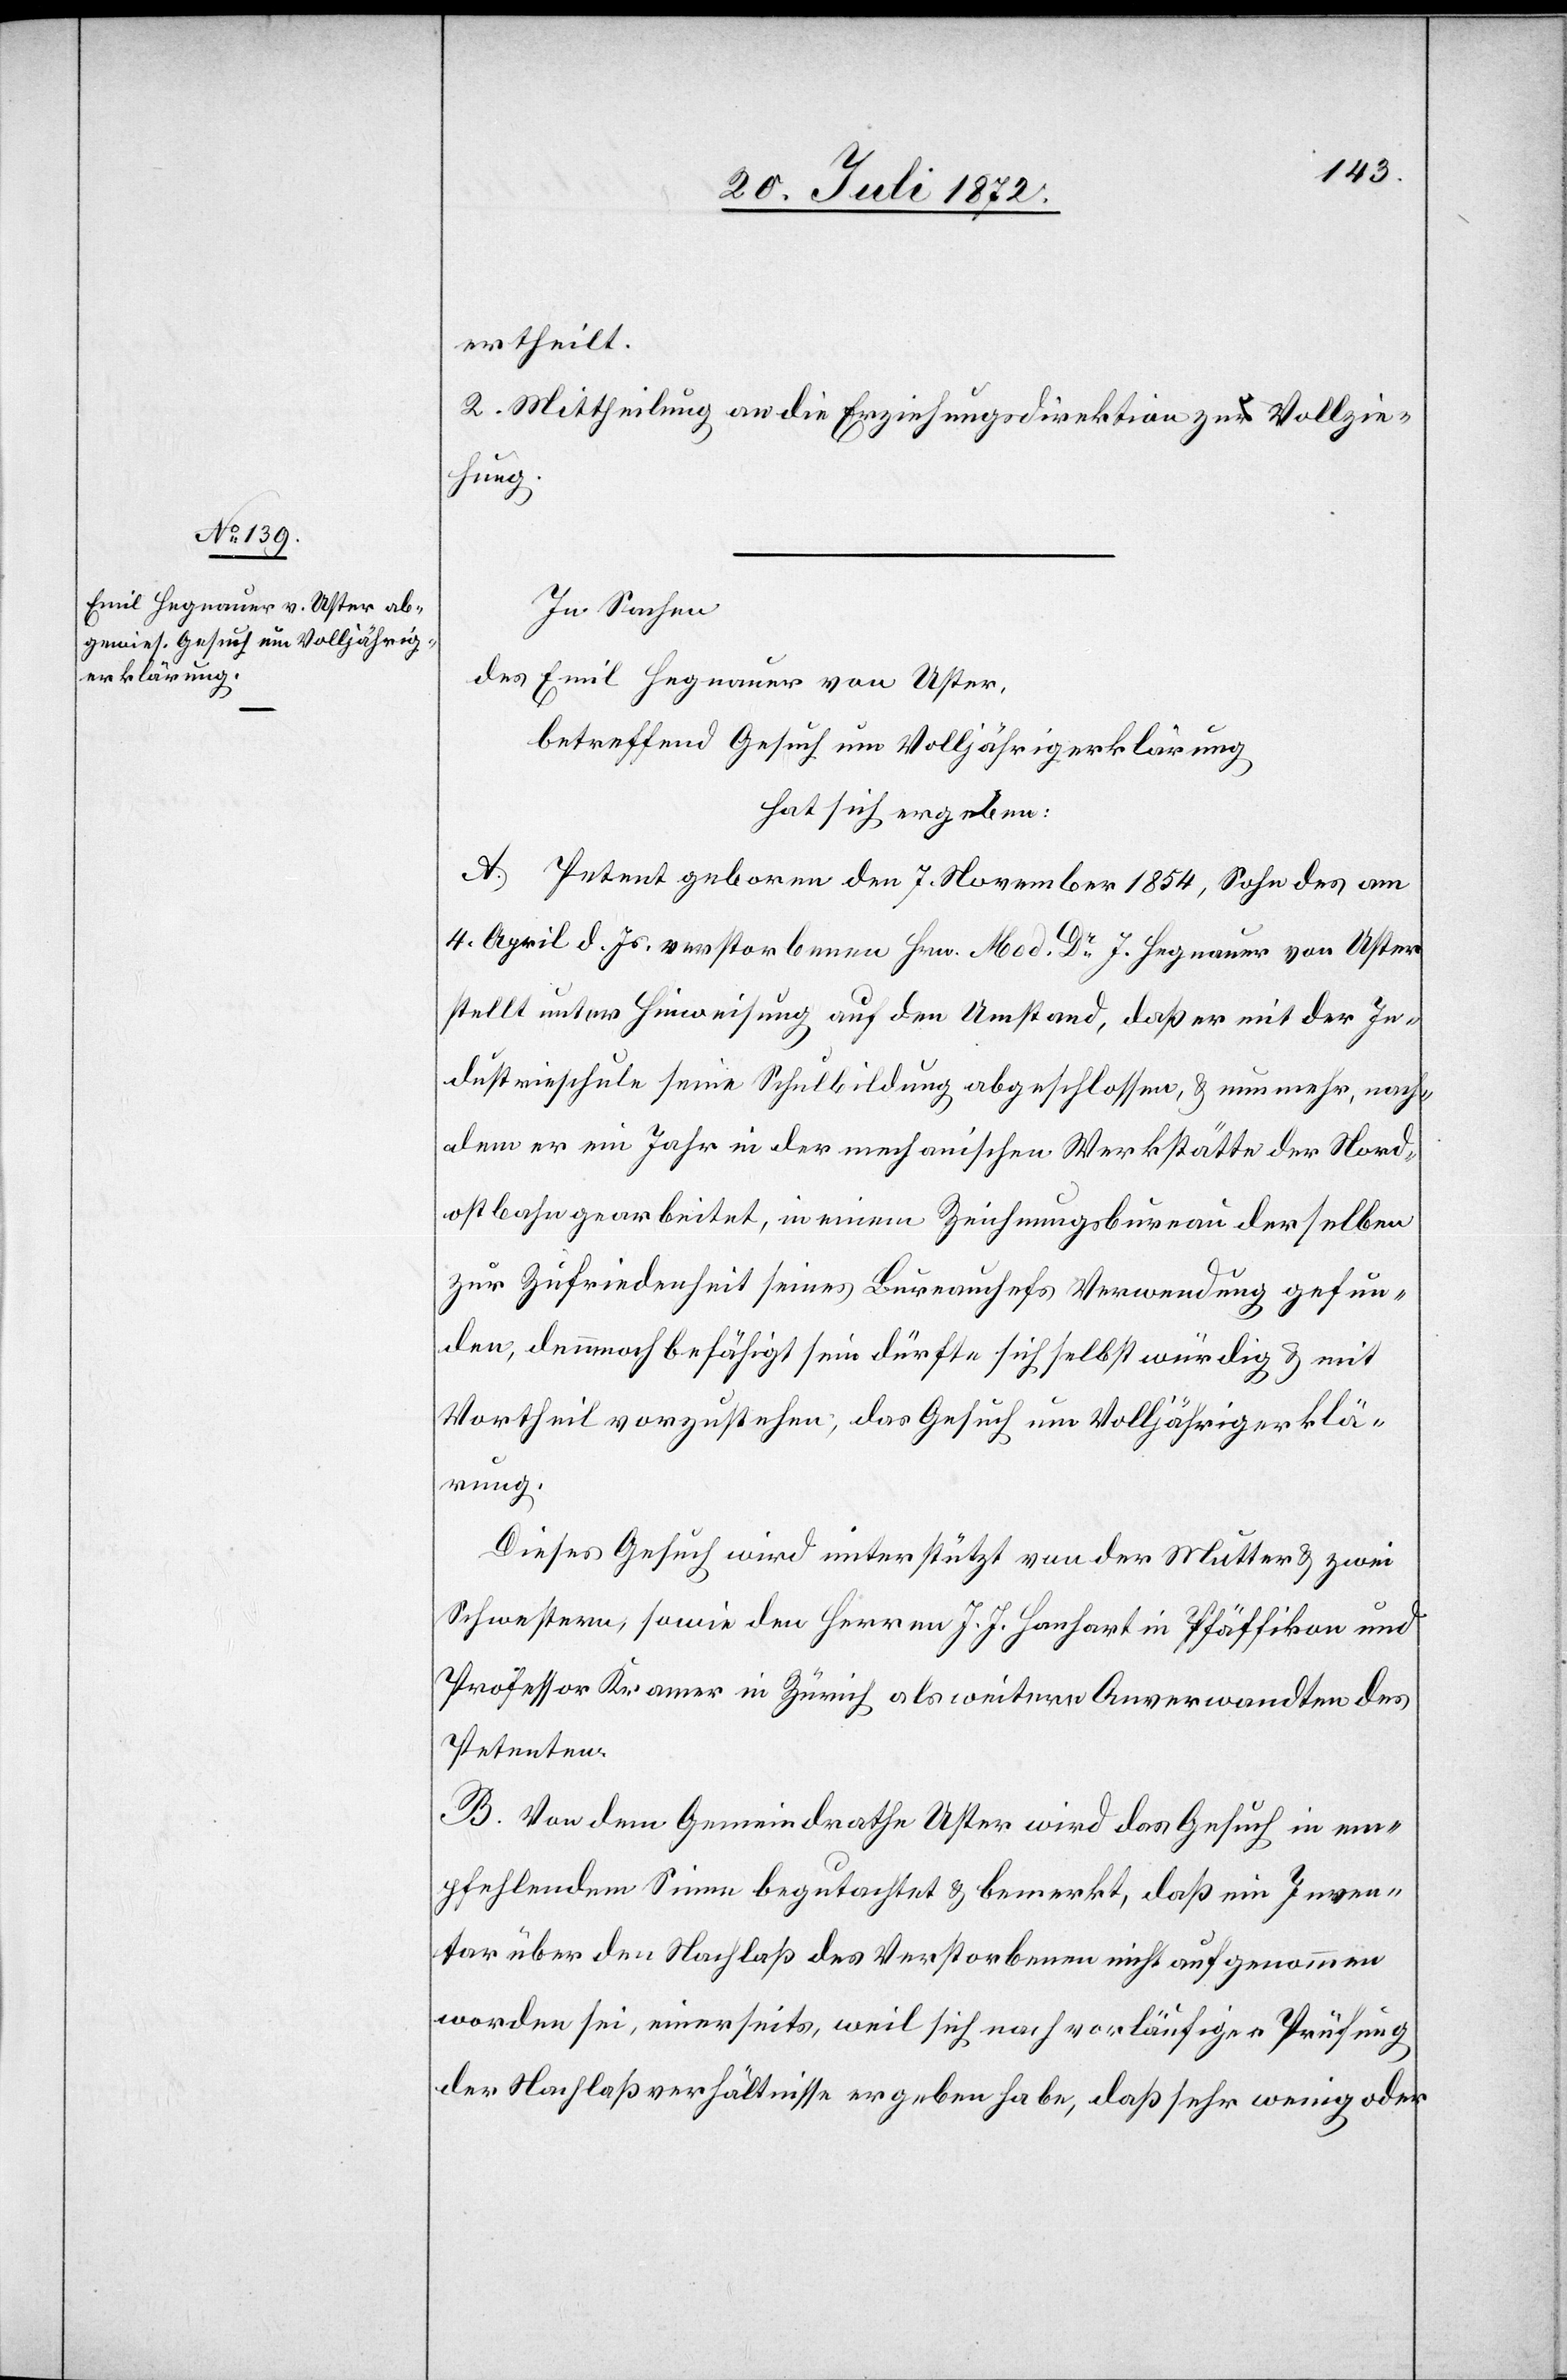
ertheilt.
2. Mittheilung an die Erziehungsdirektion zur Vollzie¬
hung.
In Sachen
des Emil Hegnauer von Uster,
betreffend Gesuch um Volljährigerklärung
hat sich ergeben:
A. Petent geboren den 7. November 1854, Sohn des am
4. April d. Js. verstorbenen Hrn. Med. Dr J. Hegnauer von Uster
stellt unter Hinweisung auf den Umstand, daß er mit der In¬
dustrieschule seine Schulbildung abgeschlossen, u. nunmehr, nach¬
dem er ein Jahr in der mechanischen Werkstätte der Nord¬
ostbahn gearbeitet, in einem Zeichnungsbureau derselben
zur Zufriedenheit seines Bureauchefs Verwendung gefunden,
[recte: demnach] befähigt sein dürfte sich selbst würdig u. mit
Vortheil vorzustehen; das Gesuch um Volljährigerklä¬
rung.
Dieses Gesuch wird unterstützt von der Mutter u. zwei
Schwestern, sowie den Herren J. J. Hanhart in Pfäffikon und
Professor Kramer in Zürich als weitere Anverwandten des
Petenten.
B. Von dem Gemeindrath Uster wird das Gesuch in em¬
pfehlendem Sinne begutachtet u. bemerkt, daß ein Inven¬
tar über den Nachlaß des Verstorbenen nicht aufgenommen
worden sei, einerseits, weil sich nach vorläufiger Prüfung
der Nachlaßverhältnisse ergeben habe, daß sehr wenig oder